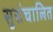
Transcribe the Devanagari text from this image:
सुसंचालित